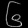
Digit: ၆